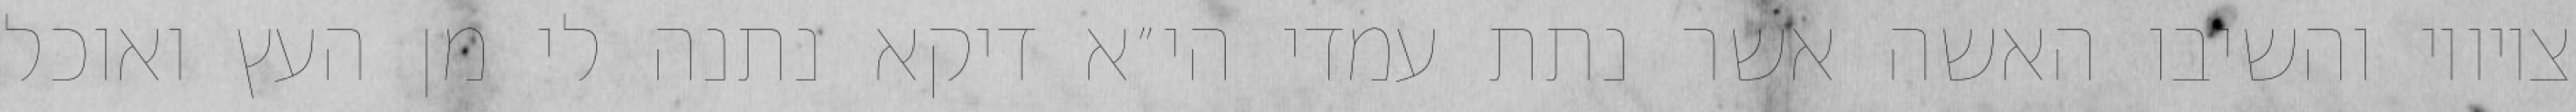
ציוויו והשיבו האשה אשר נתת עמדי הי״א דיקא נתנה לי מן העץ ואוכל